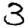
Digit: 3